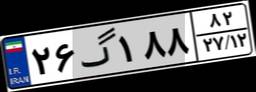
۲۶گ۱۸۸۸۲